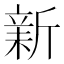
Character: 𣂺